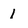
Character: 1